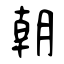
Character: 朝